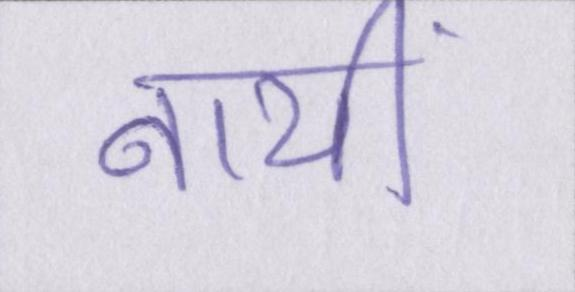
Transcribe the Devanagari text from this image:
नायीं